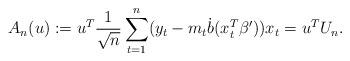
LaTeX: \begin{align*}A_{n}(u): = u^T \frac{1}{\sqrt{n}}\sum_{t=1}^{n}(y_{t} - m_{t}\dot{b}(x_{t}^{T}\beta^{\prime}))x_{t} = u^T U_n.\end{align*}